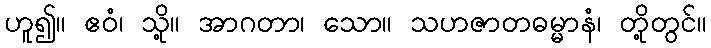
ဟူ၍။ ဧဝံ၊ သို့။ အာဂတာ၊ သော။ သဟဇာတဓမ္မာနံ၊ တို့တွင်။